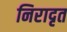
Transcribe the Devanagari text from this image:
निरादृत